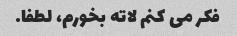
فکر می کنم لاته بخورم، لطفا.